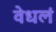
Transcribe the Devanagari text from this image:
वेधलं